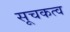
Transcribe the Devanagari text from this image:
सूचकत्व